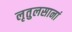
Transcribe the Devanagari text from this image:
लृतुलसानां